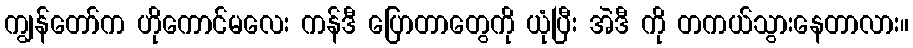
ကျွန်တော်က ဟိုကောင်မလေး ကန်ဒီ ပြောတာတွေကို ယုံပြီး အဲဒီ ကို တကယ်သွားနေတာလား။